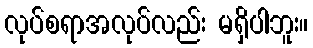
လုပ်စရာအလုပ်လည်း မရှိပါဘူး။